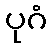
ပုဂံ